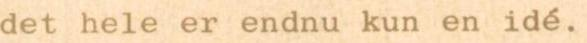
det hele er endnu kun en idé.